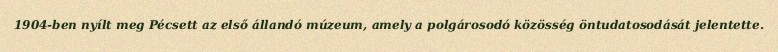
1904-ben nyílt meg Pécsett az első állandó múzeum, amely a polgárosodó közösség öntudatosodását jelentette.